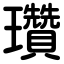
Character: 瓚